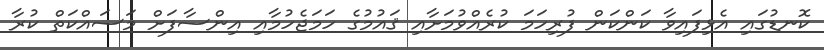
ކޮނޑުގައި އެޅިފައިވާ ކަންކަން ފުރިހަމަ ކުރެއްވުމަށާއި ޤައުމުގެ ހަމަޖެހުމާއި އިންސާފަށް މަސައްކަތް ކުރާ